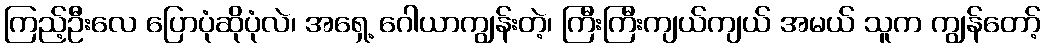
ကြည့်ဦးလေ ပြောပုံဆိုပုံလဲ၊ အရှေ့ ဂေါယာကျွန်းတဲ့၊ ကြီးကြီးကျယ်ကျယ် အမယ် သူက ကျွန်တော့်